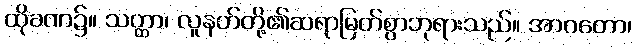
ထိုခဏ၌။ သတ္ထာ၊ လူနတ်တို့၏ဆရာမြတ်စွာဘုရားသည်။ အာဂတော၊